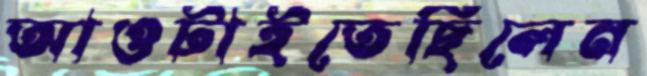
আওটাইতেছিলেন